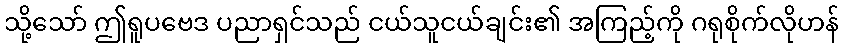
သို့သော် ဤရူပဗေဒ ပညာရှင်သည် ငယ်သူငယ်ချင်း၏ အကြည့်ကို ဂရုစိုက်လိုဟန်